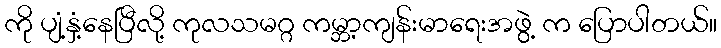
ကို ပျံ့နှံ့နေပြီလို့ ကုလသမဂ္ဂ ကမ္ဘာ့ကျန်းမာရေးအဖွဲ့ က ပြောပါတယ်။